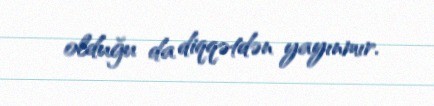
olduğu da diqqətdən yayınmır.